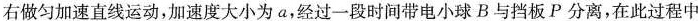
右做匀加速直线运动，加速度大小为a，经过一段时间带电小球B与挡板P分离，在此过程中